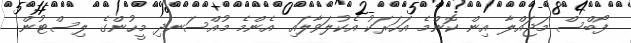
ފޯބްސް މަޖައްލާ އިން ކޮންމެ އަހަރަކު އެކުލަވާލައި އެންމެ މުއްސަނދި މީހުންގެ ލިސްޓުން